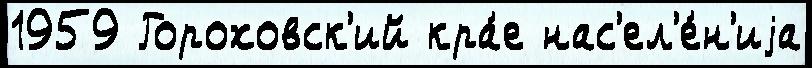
1959 Гороховск'ий кра́е нас'ел'е́н'иjа